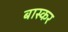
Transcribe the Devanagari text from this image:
बास्कर